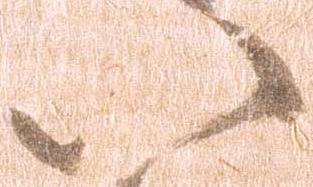
八